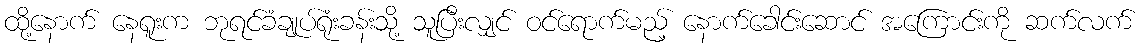
ထို့နောက် နေရူးက ဘုရင်ခံချုပ်ရုံးခန်းသို့ သူပြီးလျှင် ဝင်ရောက်မည့် နောက်ခေါင်းဆောင် အကြောင်းကို ဆက်လက်